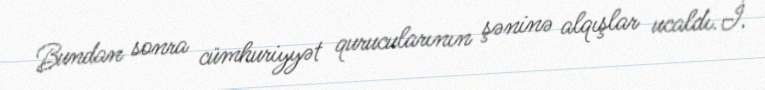
Bundan sonra cümhuriyyət qurucularının şəninə alqışlar ucaldı.İ.